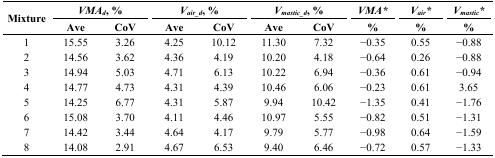
<table><thead><tr><td rowspan="2"><b>Mixture</b></td><td colspan="2"><b><i>VMA<sub>d</sub></i>, %</b></td><td colspan="2"><b><i>V<sub>air_d</sub></i>, %</b></td><td colspan="2"><b><i>V<sub>mastic_d</sub></i>, %</b></td><td><b><i>VMA*</i></b></td><td><b><i>V<sub>air</sub>*</i></b></td><td><b><i>V<sub>mastic</sub>*</i></b></td></tr><tr><td><b>Ave</b></td><td><b>CoV</b></td><td><b>Ave</b></td><td><b>CoV</b></td><td><b>Ave</b></td><td><b>CoV</b></td><td><b>%</b></td><td><b>%</b></td><td><b>%</b></td></tr></thead><tbody><tr><td>1</td><td>15.55</td><td>3.26</td><td>4.25</td><td>10.12</td><td>11.30</td><td>7.32</td><td>−0.35</td><td>0.55</td><td>−0.88</td></tr><tr><td>2</td><td>14.56</td><td>3.62</td><td>4.36</td><td>4.19</td><td>10.20</td><td>4.18</td><td>−0.64</td><td>0.26</td><td>−0.88</td></tr><tr><td>3</td><td>14.94</td><td>5.03</td><td>4.71</td><td>6.13</td><td>10.22</td><td>6.94</td><td>−0.36</td><td>0.61</td><td>−0.94</td></tr><tr><td>4</td><td>14.77</td><td>4.73</td><td>4.31</td><td>4.39</td><td>10.46</td><td>6.06</td><td>−0.23</td><td>0.61</td><td>3.65</td></tr><tr><td>5</td><td>14.25</td><td>6.77</td><td>4.31</td><td>5.87</td><td>9.94</td><td>10.42</td><td>−1.35</td><td>0.41</td><td>−1.76</td></tr><tr><td>6</td><td>15.08</td><td>3.70</td><td>4.11</td><td>4.46</td><td>10.97</td><td>5.55</td><td>−0.82</td><td>0.51</td><td>−1.31</td></tr><tr><td>7</td><td>14.42</td><td>3.44</td><td>4.64</td><td>4.17</td><td>9.79</td><td>5.77</td><td>−0.98</td><td>0.64</td><td>−1.59</td></tr><tr><td>8</td><td>14.08</td><td>2.91</td><td>4.67</td><td>6.53</td><td>9.40</td><td>6.46</td><td>−0.72</td><td>0.57</td><td>−1.33</td></tr></tbody></table>